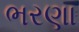
ભરણા